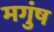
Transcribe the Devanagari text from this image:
मगुंष